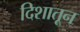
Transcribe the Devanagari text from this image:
दिशातून